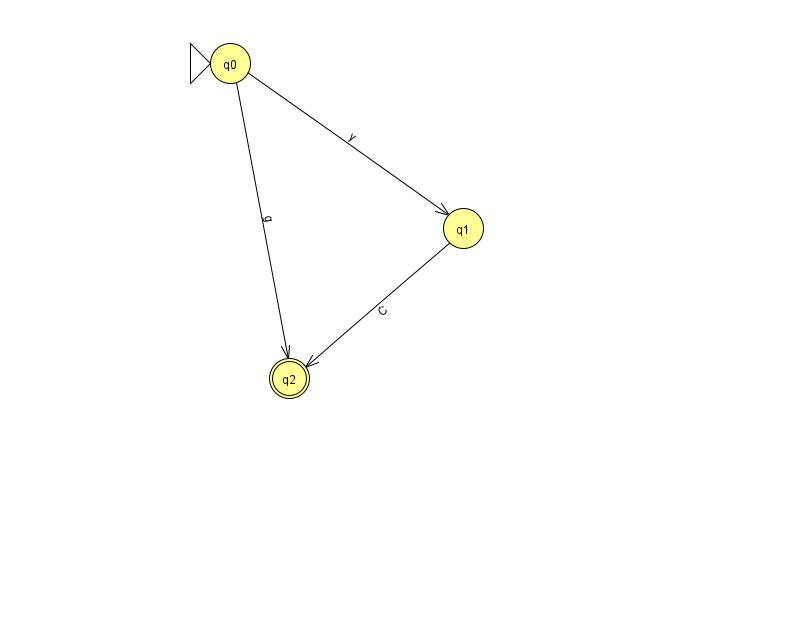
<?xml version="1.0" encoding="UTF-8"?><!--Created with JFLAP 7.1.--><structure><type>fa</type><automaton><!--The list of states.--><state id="0" name="q0"><x>230.0</x><y>50.0</y><initial/></state><state id="1" name="q1"><x>463.0</x><y>215.0</y></state><state id="2" name="q2"><x>289.0</x><y>365.0</y><final/></state><!--The list of transitions.--><transition><from>0</from><to>1</to><read>y</read></transition><transition><from>0</from><to>2</to><read>g</read></transition><transition><from>1</from><to>2</to><read>C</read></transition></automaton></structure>